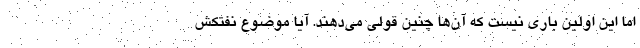
اما این اولین باری نیست که آن‌ها چنین قولی می‌دهند. آیا موضوع نفتکش